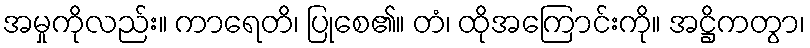
အမှုကိုလည်း။ ကာရေတိ၊ ပြုစေ၏။ တံ၊ ထိုအကြောင်းကို။ အဋ္ဌိကတွာ၊